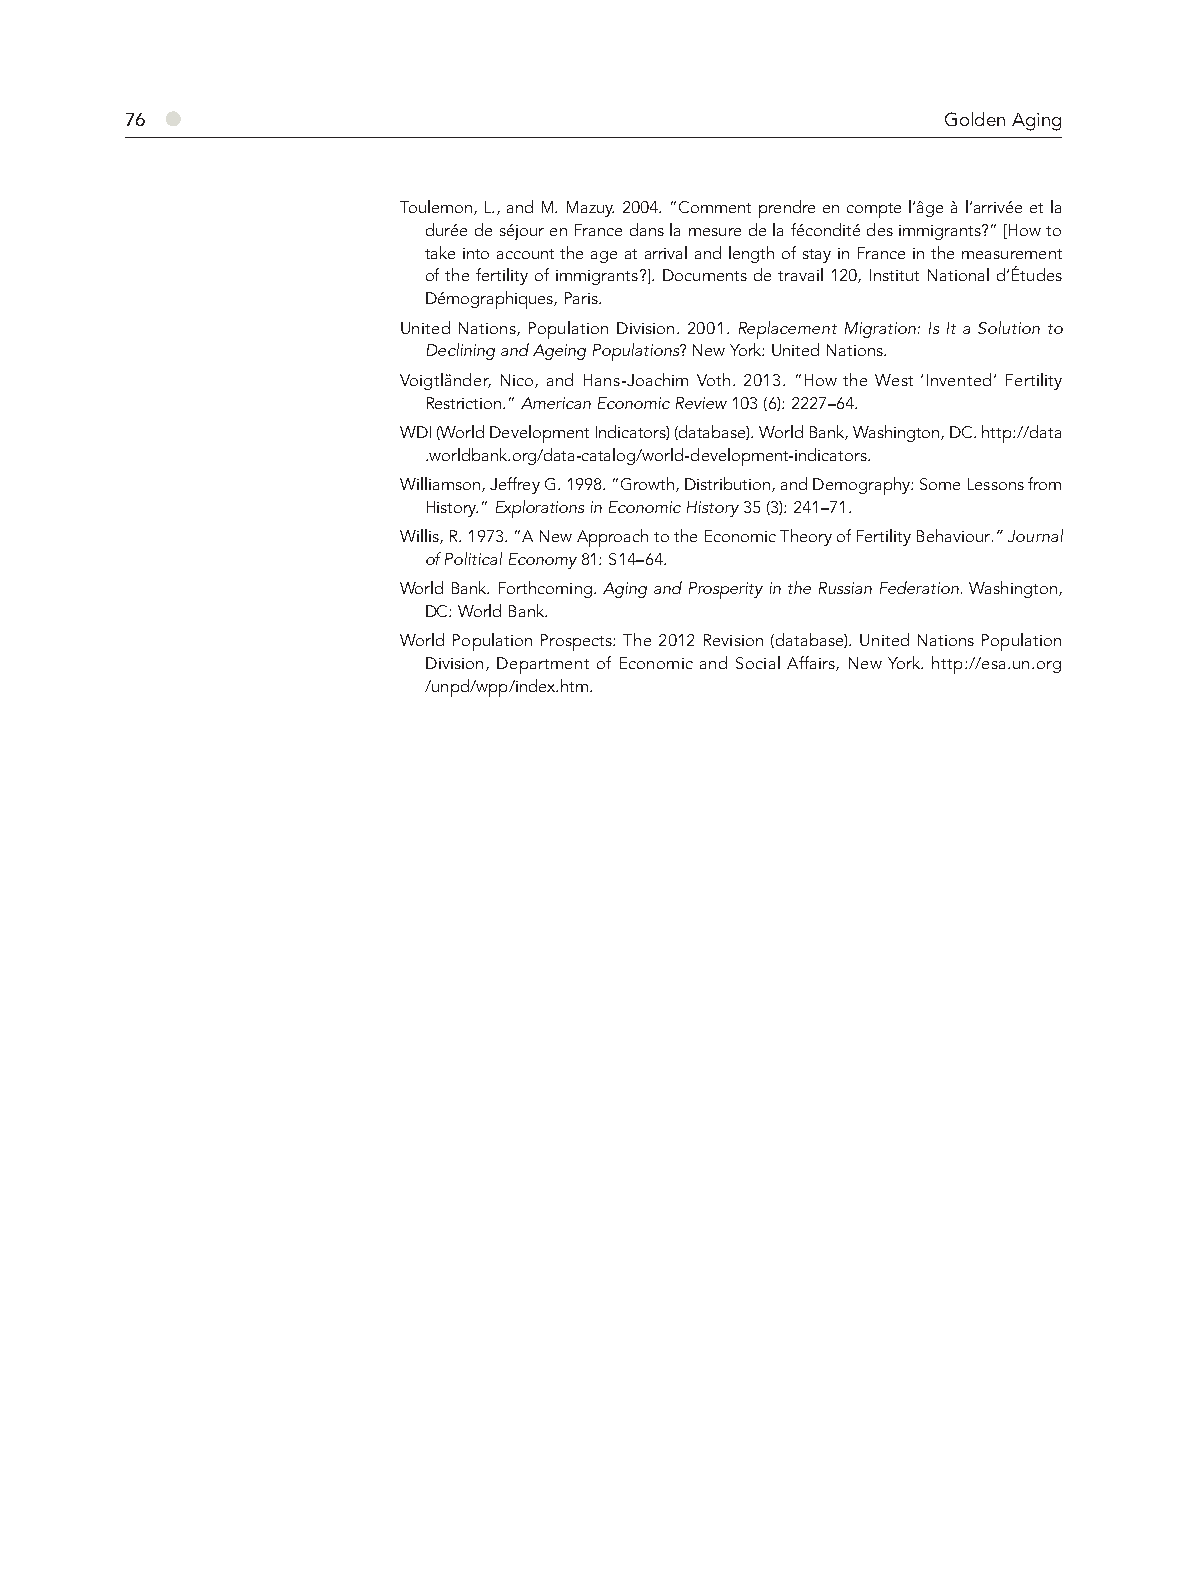
76 ●                                                   Golden Aging
 Toulemon, L., and M. Mazuy. 2004. “Comment prendre en compte l’âge à l’arrivée et la
 durée de séjour en France dans la mesure de la fécondité des immigrants?” [How to
 take into account the age at arrival and length of stay in France in the measurement
 of the fertility of immigrants?]. Documents de travail 120, Institut National d’Études
 Démographiques, Paris.
 United Nations, Population Division. 2001. Replacement Migration: Is It a Solution to
 Declining and Ageing Populations? New York: United Nations.
 Voigtländer, Nico, and Hans-Joachim Voth. 2013. “How the West ‘Invented’ Fertility
 Restriction.” American Economic Review 103 (6): 2227–64.
 WDI (World Development Indicators) (database). World Bank, Washington, DC. http://data
 .worldbank.org/data-catalog/world-development-indicators.
 Williamson, Jeffrey G. 1998. “Growth, Distribution, and Demography: Some Lessons from
 History.” Explorations in Economic History 35 (3): 241–71.
 Willis, R. 1973. “A New Approach to the Economic Theory of Fertility Behaviour.” Journal
 of Political Economy 81: S14–64.
 World Bank. Forthcoming. Aging and Prosperity in the Russian Federation. Washington,
 DC: World Bank.
 World Population Prospects: The 2012 Revision (database). United Nations Population
 Division, Department of Economic and Social Affairs, New York. http://esa.un.org
 /unpd/wpp/index.htm.